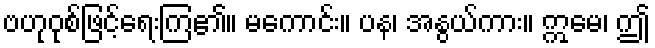
ဗဟုဝုစ်ဖြင့်ရေးကြ၏။ မကောင်း။ ပန၊ အနွယ်ကား။ ဣမေ၊ ဤ